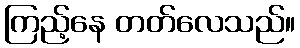
ကြည့်နေ တတ်လေသည်။